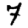
Digit: 7